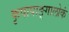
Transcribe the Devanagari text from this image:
कृपापाङ्गालोकं